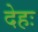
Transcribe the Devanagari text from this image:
देहः